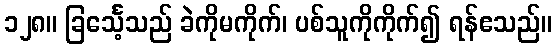
၁၂၈။ ခြင်္သေ့သည် ခဲကိုမကိုက်၊ ပစ်သူကိုကိုက်၍ ရန်ဧသည်။